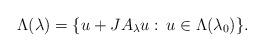
LaTeX: \begin{align*}\Lambda(\lambda)=\{u+JA_\lambda u:\,u\in\Lambda(\lambda_0)\}.\end{align*}